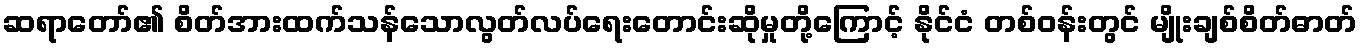
ဆရာတော်၏ စိတ်အားထက်သန်သောလွတ်လပ်ရေးတောင်းဆိုမှုတို့ကြောင့် နိုင်ငံ တစ်ဝန်းတွင် မျိုးချစ်စိတ်ဓာတ်